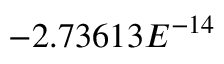
- 2 . 7 3 6 1 3 E ^ { - 1 4 }